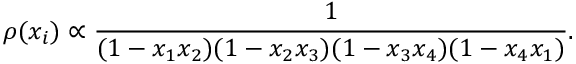
\rho ( x _ { i } ) \propto \frac { 1 } { ( 1 - x _ { 1 } x _ { 2 } ) ( 1 - x _ { 2 } x _ { 3 } ) ( 1 - x _ { 3 } x _ { 4 } ) ( 1 - x _ { 4 } x _ { 1 } ) } .